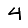
Digit: 4